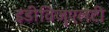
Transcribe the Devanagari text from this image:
इंडीविजुएलटी